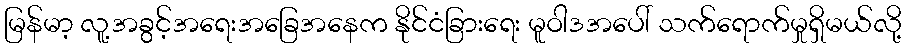
မြန်မာ့ လူ့အခွင့်အရေးအခြေအနေက နိုင်ငံခြားရေး မူဝါဒအပေါ် သက်ရောက်မှုရှိမယ်လို့